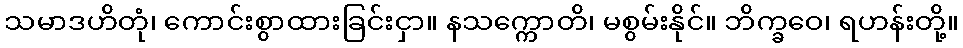
သမာဒဟိတုံ၊ ကောင်းစွာထားခြင်းငှာ။ နသက္ကောတိ၊ မစွမ်းနိုင်။ ဘိက္ခဝေ၊ ရဟန်းတို့။